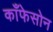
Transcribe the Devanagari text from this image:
काँफेसोन